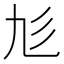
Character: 𢒂